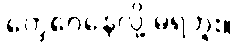
တွေဝေနေလို့ မရဘူး။